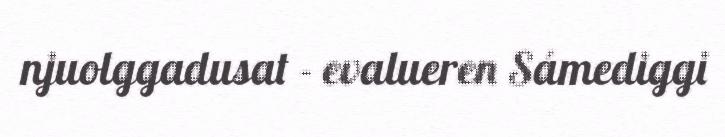
njuolggadusat - evalueren Sámediggi